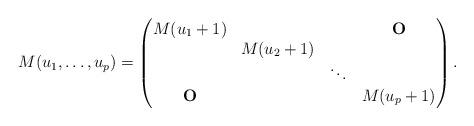
LaTeX: \begin{align*}M(u_1,\ldots,u_p)=\begin{pmatrix}M(u_1+1) & & &{\bf O} \\ &M(u_2+1) & & \\ & &\ddots & \\{\bf O} & & &M(u_p+1) \end{pmatrix}. \end{align*}